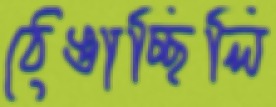
ঠেঙাচ্ছিলি